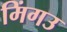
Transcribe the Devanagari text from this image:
मिंगउ